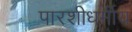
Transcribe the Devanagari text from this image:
पारशीधर्मीय